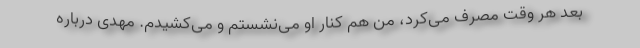
بعد هر وقت مصرف می‌کرد، من هم کنار او می‌نشستم و می‌کشیدم. مهدی درباره